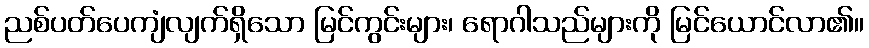
ညစ်ပတ်ပေကျံလျက်ရှိသော မြင်ကွင်းများ၊ ရောဂါသည်များကို မြင်ယောင်လာ၏။